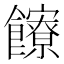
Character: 𩟩